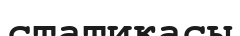
статикасы